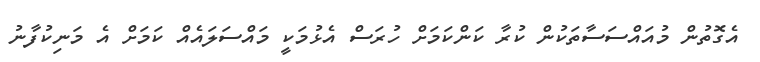
އެގޮތުން މުއައްސަސާތަކުން ކުރާ ކަންކަމަށް ހުރަސް އެޅުމަކީ މައްސަލައެއް ކަމަށް އެ މަނިކުފާނު